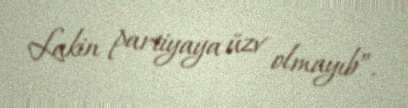
Lakin partiyaya üzv olmayıb”.